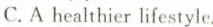
C.Ahealthier lifestyle.